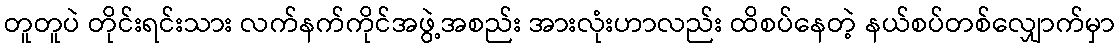
တူတူပဲ တိုင်းရင်းသား လက်နက်ကိုင်အဖွဲ့အစည်း အားလုံးဟာလည်း ထိစပ်နေတဲ့ နယ်စပ်တစ်လျှောက်မှာ